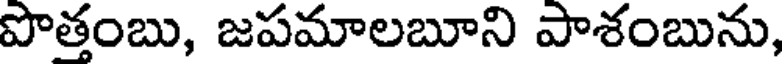
పొత్తంబు, జపమాలబూని పాశంబును,